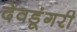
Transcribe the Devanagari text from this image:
देवडूंगरी